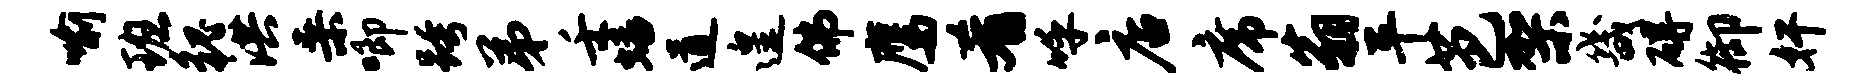
喻班貌洪桑唧跨弟壬蟠道遑佛鹰肴呼店席翁平芭架畿碍御奸